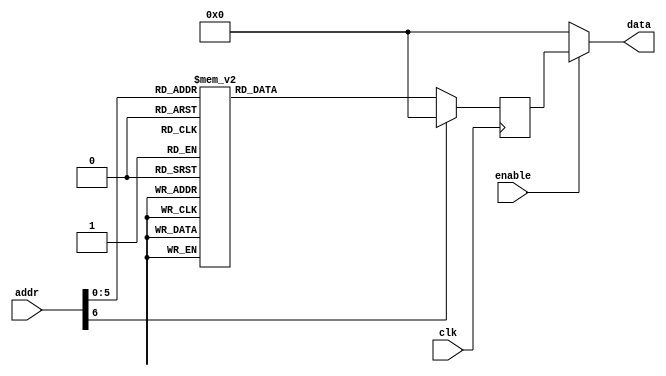
module rom02(input clk, input enable, input [7-1:0] addr, output [8-1:0] data);
    reg [8-1:0] data_reg;
    always @ (posedge clk)
        case(addr)
            7'h0 : data_reg <= 8'h41;
            7'h1 : data_reg <= 8'h53;
            7'h2 : data_reg <= 8'h52;
            7'h3 : data_reg <= 8'h4D;
            7'h4 : data_reg <= 8'h28;
            7'h5 : data_reg <= 8'h1C;
            7'h6 : data_reg <= 8'h21;
            7'h7 : data_reg <= 8'h8C;
            7'h8 : data_reg <= 8'h1D;
            7'h9 : data_reg <= 8'h24;
            7'hA : data_reg <= 8'h11;
            7'hB : data_reg <= 8'h28;
            7'hC : data_reg <= 8'h81;
            7'hD : data_reg <= 8'h12;
            7'hE : data_reg <= 8'h13;
            7'hF : data_reg <= 8'h14;
            7'h10 : data_reg <= 8'h22;
            7'h11 : data_reg <= 8'h15;
            7'h12 : data_reg <= 8'hC3;
            7'h13 : data_reg <= 8'h21;
            7'h14 : data_reg <= 8'h33;
            7'h15 : data_reg <= 8'h13;
            7'h16 : data_reg <= 8'hD4;
            7'h17 : data_reg <= 8'h35;
            7'h18 : data_reg <= 8'h15;
            7'h19 : data_reg <= 8'hC3;
            7'h1A : data_reg <= 8'h21;
            7'h1B : data_reg <= 8'h33;
            7'h1C : data_reg <= 8'h13;
            7'h1D : data_reg <= 8'hD4;
            7'h1E : data_reg <= 8'h35;
            7'h1F : data_reg <= 8'h15;
            7'h20 : data_reg <= 8'hC3;
            7'h21 : data_reg <= 8'h21;
            7'h22 : data_reg <= 8'h33;
            7'h23 : data_reg <= 8'h13;
            7'h24 : data_reg <= 8'hD4;
            7'h25 : data_reg <= 8'h35;
            7'h26 : data_reg <= 8'h15;
            7'h27 : data_reg <= 8'hC3;
            7'h28 : data_reg <= 8'h21;
            7'h29 : data_reg <= 8'h33;
            7'h2A : data_reg <= 8'h13;
            7'h2B : data_reg <= 8'hD2;
            7'h2C : data_reg <= 8'hE9;
            7'h2D : data_reg <= 8'h21;
            7'h2E : data_reg <= 8'h32;
            7'h2F : data_reg <= 8'h12;
            7'h30 : data_reg <= 8'hD2;
            7'h31 : data_reg <= 8'hE9;
            7'h32 : data_reg <= 8'h21;
            7'h33 : data_reg <= 8'h32;
            7'h34 : data_reg <= 8'h12;
            7'h35 : data_reg <= 8'hD2;
            7'h36 : data_reg <= 8'hE9;
            7'h37 : data_reg <= 8'h21;
            7'h38 : data_reg <= 8'h32;
            7'h39 : data_reg <= 8'h12;
            7'h3A : data_reg <= 8'hD2;
            7'h3B : data_reg <= 8'hE9;
            7'h3C : data_reg <= 8'h21;
            7'h3D : data_reg <= 8'h32;
            7'h3E : data_reg <= 8'h12;
            7'h3F : data_reg <= 8'hE8;
            default : data_reg <= 0;
        endcase
    assign data = ( enable ? data_reg : 0 );
endmodule